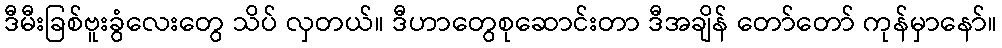
ဒီမီးခြစ်ဗူးခွံလေးတွေ သိပ် လှတယ်။ ဒီဟာတွေစုဆောင်းတာ ဒီအချိန် တော်တော် ကုန်မှာနော်။